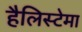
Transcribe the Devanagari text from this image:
हैलिस्टेमा